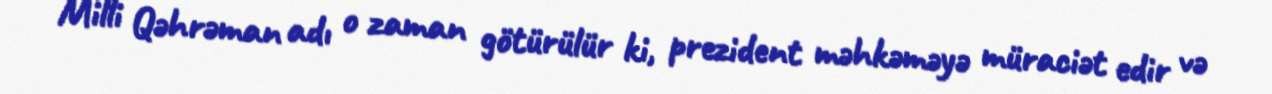
Milli Qəhrəman adı o zaman götürülür ki, prezident məhkəməyə müraciət edir və